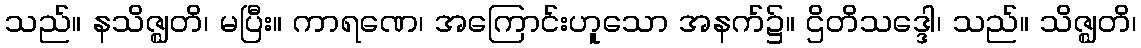
သည်။ နသိဇ္ဈတိ၊ မပြီး။ ကာရဏေ၊ အကြောင်းဟူသော အနက်၌။ ဌိတိသဒ္ဒေါ၊ သည်။ သိဇ္ဈတိ၊